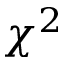
\chi ^ { 2 }